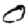
Digit: 0